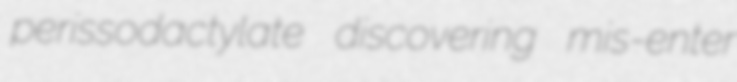
perissodactylate discovering mis-enter